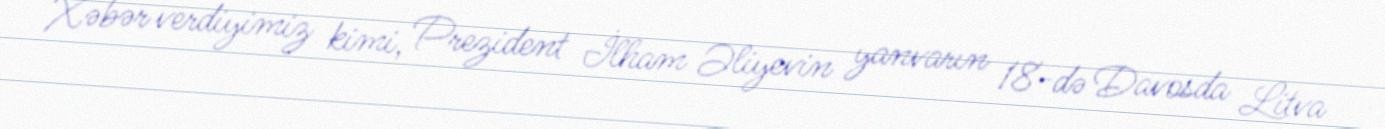
Xəbər verdiyimiz kimi, Prezident İlham Əliyevin yanvarın 18-də Davosda Litva